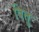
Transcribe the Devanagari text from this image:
वितु